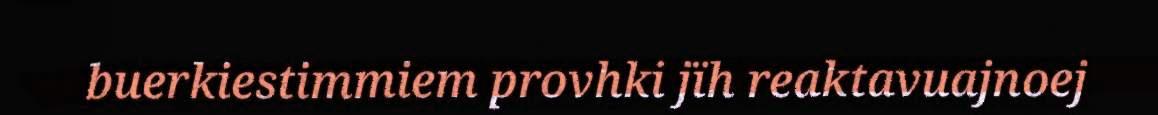
buerkiestimmiem provhki jïh reaktavuajnoej